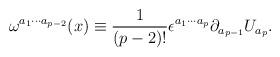
LaTeX: \begin{align*}\omega^{a_1 \cdots a_{p-2}}(x) \equiv \frac{1}{(p-2)!} \epsilon^{a_1 \cdots a_p} \partial_{a_{p-1}}U_{a_p}.\end{align*}